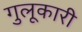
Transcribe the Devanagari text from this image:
गुलूकारी